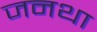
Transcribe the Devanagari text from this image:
जनथा